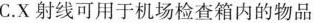
C.X射线可用于机场检查箱内的物品